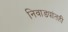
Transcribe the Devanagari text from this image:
निवाड्यांतही